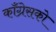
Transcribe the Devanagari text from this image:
काँग्रेसको